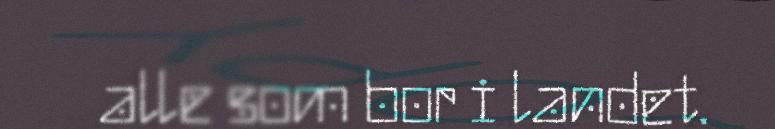
alle som bor i landet.